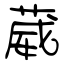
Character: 葳